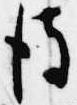
後